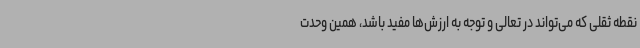
نقطه ثقلی که می‌تواند در تعالی و توجه به ارزش‌ها مفید باشد، همین وحدت